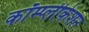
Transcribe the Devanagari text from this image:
कॉम्प्लीकेशन